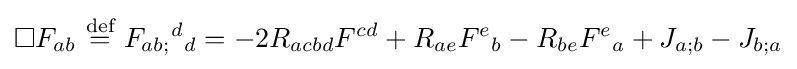
\Box F_{ab}\ {\stackrel {\text{def}}{=}}\ F_{ab;}{}^{d}{}_{d}=-2R_{acbd}F^{cd}+R_{ae}F^{e}{}_{b}-R_{be}F^{e}{}_{a}+J_{a;b}-J_{b;a}